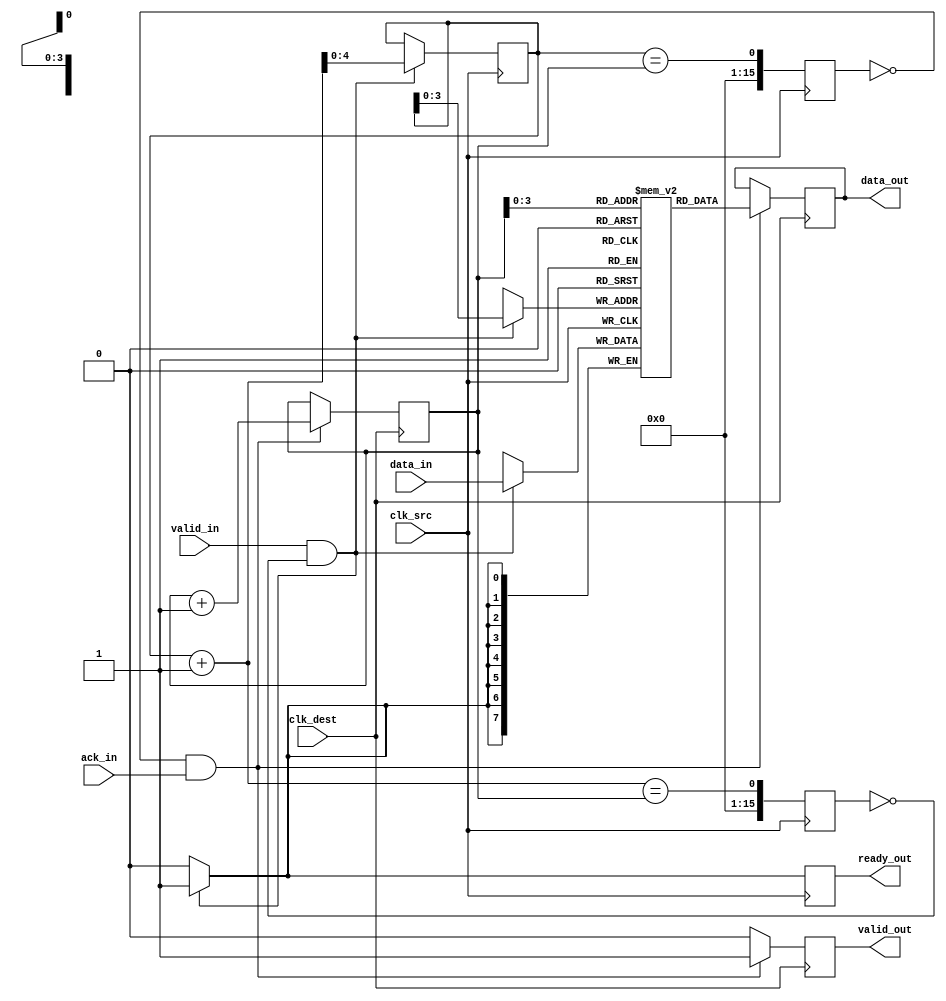
module burst_mode_synchronizer #(
    parameter DATA_WIDTH = 8,
    parameter FIFO_DEPTH = 16
)(
    input wire clk_src,                // Source clock
    input wire clk_dest,               // Destination clock
    input wire [DATA_WIDTH-1:0] data_in, // Data input from source domain
    input wire valid_in,               // Valid signal from source domain
    output reg ready_out,              // Ready signal for source domain
    output reg [DATA_WIDTH-1:0] data_out, // Data output to destination domain
    output reg valid_out,              // Valid signal for destination domain
    input wire ack_in                   // Acknowledge signal from destination domain
);

    // FIFO buffer declarations
    reg [DATA_WIDTH-1:0] fifo_buffer [0:FIFO_DEPTH-1];
    reg [$clog2(FIFO_DEPTH):0] wr_ptr; // Write pointer
    reg [$clog2(FIFO_DEPTH):0] rd_ptr; // Read pointer
    reg [FIFO_DEPTH-1:0] fifo_empty;   // FIFO empty flag
    reg [FIFO_DEPTH-1:0] fifo_full;    // FIFO full flag

    // Synchronization registers
    reg [DATA_WIDTH-1:0] sync_data;
    reg sync_valid;
    
    // Handshaking logic
    reg ack_out;
    
    // Write data to FIFO on the source clock domain
    always @(posedge clk_src) begin
        if (valid_in && !fifo_full) begin
            fifo_buffer[wr_ptr] <= data_in; // Write data
            wr_ptr <= wr_ptr + 1;           // Increment write pointer
            ready_out <= 1;                 // Indicate ready to send more data
        end else begin
            ready_out <= 0;                 // Not ready to send more data
        end
    end
    
    // Read data from FIFO on the destination clock domain
    always @(posedge clk_dest) begin
        if (!fifo_empty && ack_in) begin
            data_out <= fifo_buffer[rd_ptr]; // Read data
            valid_out <= 1;                  // Indicate valid data
            rd_ptr <= rd_ptr + 1;            // Increment read pointer
        end else begin
            valid_out <= 0;                  // No valid data
        end
    end

    // Synchronization logic for valid signal
    always @(posedge clk_dest) begin
        // Synchronize valid signal
        sync_valid <= valid_out;
        sync_data <= data_out; // Capture the data
    end

    // FIFO empty/full flags
    always @(posedge clk_src) begin
        fifo_empty <= (wr_ptr == rd_ptr);
        fifo_full <= (wr_ptr + 1 == rd_ptr);
    end

    // Reset logic for pointers
    initial begin
        wr_ptr = 0;
        rd_ptr = 0;
        ready_out = 0;
        valid_out = 0;
        ack_out = 0;
    end
endmodule